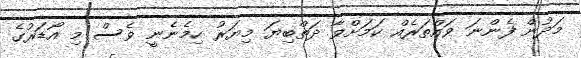
މަދުން ފެންނަ ވައްތަރެއް ކަމަށްވާ ދަތްބިޔަ މިޔަރު ހިމެނެނީ ވެސް މި އޯޑަރުގެ